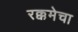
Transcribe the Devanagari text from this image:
रक्कमेचा